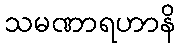
သမဏာရဟာနိ